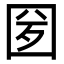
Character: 𡇕